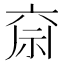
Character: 𮁶